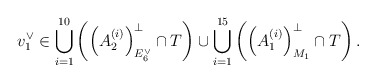
\begin{align*}v_1^\vee \in \bigcup_{i = 1}^{10}\left( \left(A_2^{(i)}\right)^\perp_{E_6^\vee} \cap T\right)\cup \bigcup_{i = 1}^{15}\left( \left(A_1^{(i)}\right)^\perp_{M_1}\cap T \right).\end{align*}